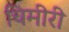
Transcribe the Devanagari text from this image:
चिमीरी